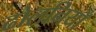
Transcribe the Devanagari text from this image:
ढोलनियाँ